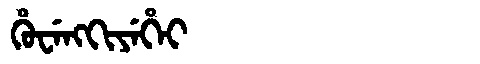
Manchu: ᡥᡠᠸᡝᠩᡴᡳᠶᡝᡥᡝᡳ
Romanization: HUWENGKIYEHEI